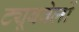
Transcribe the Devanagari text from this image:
ट्यूबवेलों